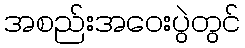
အစည်းအဝေးပွဲတွင်